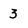
Character: 3